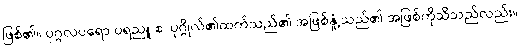
ဖြစ်၏။ ပုဂ္ဂလပရော ပရညူ စ၊ ပုဂ္ဂိုလ်၏ထက်သည်၏ အဖြစ်နှုံ့သည်၏ အဖြစ်ကိုသိသည်လည်း။